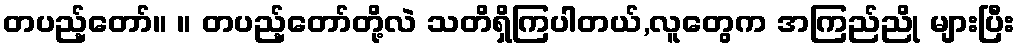
တပည့်တော်။ ။ တပည့်တော်တို့လဲ သတိရှိကြပါတယ်,လူတွေက အကြည်ညို များပြီး